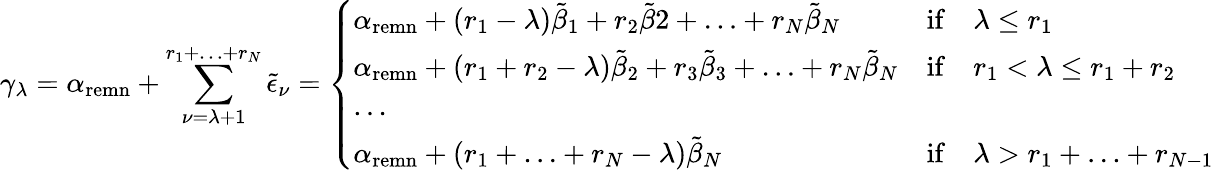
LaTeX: \gamma_{\lambda}=\alpha_{\mathrm{remn}}+\sum_{\nu=\lambda+1}^{r_{1}+\ldots+r_{N}}\tilde{\epsilon}_{\nu}=\left\{ \begin{array}{lcl}{{\alpha_{\mathrm{remn}}+(r_{1}-\lambda)\tilde{\beta}_{1}+r_{2}\tilde{\beta}2+\ldots+r_{N}\tilde{\beta}_{N}}}&{{\mathrm{if}}}&{{\lambda\leq r_{1}}}\\ {{\alpha_{\mathrm{remn}}+(r_{1}+r_{2}-\lambda)\tilde{\beta}_{2}+r_{3}\tilde{\beta}_{3}+\ldots+r_{N}\tilde{\beta}_{N}}}&{{\mathrm{if}}}&{{r_{1}<\lambda\leq r_{1}+r_{2}}}\\ {{\ldots}}&{{}}&{{}}\\ {{\alpha_{\mathrm{remn}}+(r_{1}+\ldots+r_{N}-\lambda)\tilde{\beta}_{N}}}&{{\mathrm{if}}}&{{\lambda>r_{1}+\ldots+r_{N-1}}}\end{array}\right.